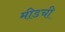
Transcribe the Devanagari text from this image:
मीडची